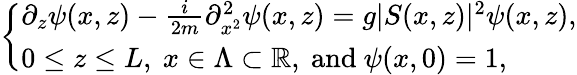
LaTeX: \left\lbrace\begin{array}{l}{\partial_{z}\psi(x,z)-\frac{i}{2m}\partial_{x^{2}}^{2}\psi(x,z)=g\vert S(x,z)\vert^{2}\psi(x,z),}\\ {0\le z\le L,\ x\in\Lambda\subset\mathbb{R},\ \mathrm{and}\ \psi(x,0)=1,}\end{array}\right.